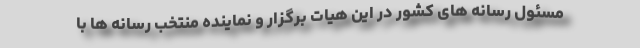
مسئول رسانه های کشور در این هیات برگزار و نماینده منتخب رسانه ها با